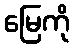
မြေကို